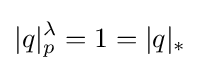
|q|_{p}^{\lambda }=1=|q|_{*}